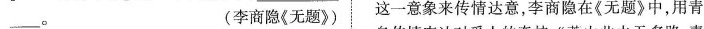
___。 (李商隐《无题》) 这一意象来传情达意，李商隐在《无题》中，用青